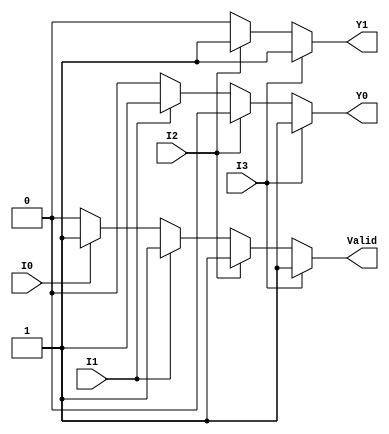
module priority_encoder_4to2 (
    input wire I0,  // Input 0
    input wire I1,  // Input 1
    input wire I2,  // Input 2
    input wire I3,  // Input 3
    output reg Y1,  // Most significant bit of the output
    output reg Y0,  // Least significant bit of the output
    output reg Valid // Indicates if any input is active
);

always @(*) begin
    // Default values
    Y1 = 0;
    Y0 = 0;
    Valid = 0;

    // Priority encoding
    if (I3) begin
        Y1 = 1;
        Y0 = 1;
        Valid = 1;
    end else if (I2) begin
        Y1 = 1;
        Y0 = 0;
        Valid = 1;
    end else if (I1) begin
        Y1 = 0;
        Y0 = 1;
        Valid = 1;
    end else if (I0) begin
        Y1 = 0;
        Y0 = 0;
        Valid = 1;
    end else begin
        Valid = 0; // No inputs active
    end
end

endmodule